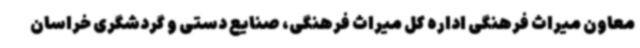
معاون میراث فرهنگی اداره کل میراث فرهنگی، صنایع دستی و گردشگری خراسان